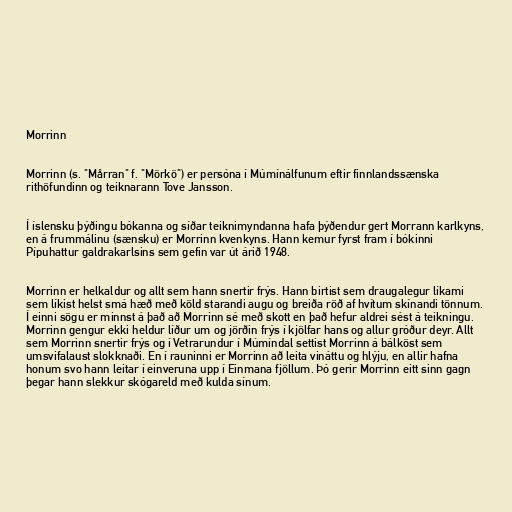
Morrinn

Morrinn (s. "Mårran" f. "Mörkö") er persóna í Múmínálfunum eftir finnlandssænska
rithöfundinn og teiknarann Tove Jansson.

Í íslensku þýðingu bókanna og síðar teiknimyndanna hafa þýðendur gert Morrann karlkyns,
en á frummálinu (sænsku) er Morrinn kvenkyns. Hann kemur fyrst fram í bókinni
Pípuhattur galdrakarlsins sem gefin var út árið 1948.

Morrinn er helkaldur og allt sem hann snertir frýs. Hann birtist sem draugalegur líkami
sem líkist helst smá hæð með köld starandi augu og breiða röð af hvítum skínandi tönnum.
Í einni sögu er minnst á það að Morrinn sé með skott en það hefur aldrei sést á teikningu.
Morrinn gengur ekki heldur líður um og jörðin frýs í kjölfar hans og allur gróður deyr. Allt
sem Morrinn snertir frýs og í Vetrarundur í Múmíndal settist Morrinn á bálköst sem
umsvifalaust slokknaði. En í rauninni er Morrinn að leita vináttu og hlýju, en allir hafna
honum svo hann leitar í einveruna upp í Einmana fjöllum. Þó gerir Morrinn eitt sinn gagn
þegar hann slekkur skógareld með kulda sínum.